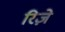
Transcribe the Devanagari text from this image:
रिज़े